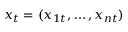
x _ { t } = ( x _ { 1 t } , \dots , x _ { n t } )